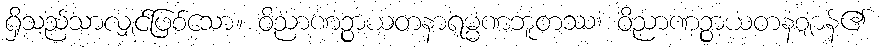
ရှိသည်သာလျှင်ဖြစ်သော။ ဝိညာဏဉ္စာယတနာရမ္မဏဘူတဿ၊ ဝိညာဏဉ္စာယတနဈာန်၏